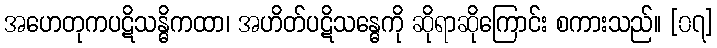
အဟေတုကပဋိသန္ဓိကထာ၊ အဟိတ်ပဋိသန္ဓေကို ဆိုရာဆိုကြောင်း စကားသည်။ [၀၇]